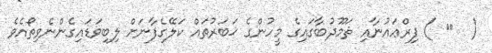
(  ١٨ ) ފިރްޢައުނާއި ޘަމޫދުބާގައިގެ މީހުންގެ ޚަބަރުތައް ކަލޭގެފާނަށް ލިބިވަޑައިގެންނެވިތޯއެވެ